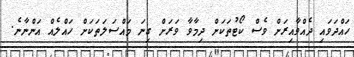
ހައްދަވައި ދެއްވާއިރަށް ވެސް ކޯޓުތަކަށް ދިމާވާ ވަރަށް ގިނަ މައްސަލަތަކަށް ހައްލެއް އަންނާނެ.